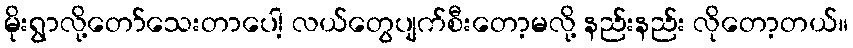
မိုးရွာလို့တော်သေးတာပေါ့ လယ်တွေပျက်စီးတော့မလို့ နည်းနည်း လိုတော့တယ်။